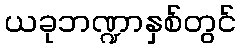
ယခုဘဏ္ဍာနှစ်တွင်